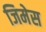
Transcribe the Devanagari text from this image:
जिमेस